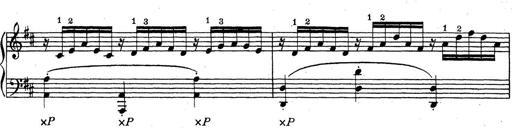
Title: ÄŒeskÃ© Sonatiny
Composer: Various